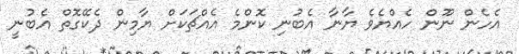
އެހެން ނޫން ހެއްޔެވެ ޔާނާ އެބުނި ކޮންމެ އެއްޗަކަށް ޔާމިން ދެކޭގޮތް އެބުނީ